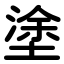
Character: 塗